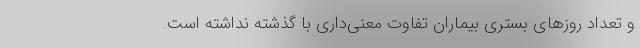
و تعداد روزهای بستری بیماران تفاوت معنی‌داری با گذشته نداشته است.